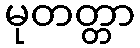
မုတတ္တာ